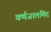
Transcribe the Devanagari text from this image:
वर्णजालमिदं